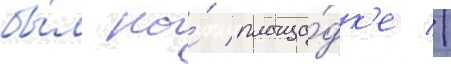
бы́л на́ площа́дк'е //